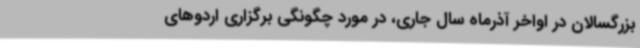
بزرگسالان در اواخر آذرماه سال جاری، در مورد چگونگی برگزاری اردوهای